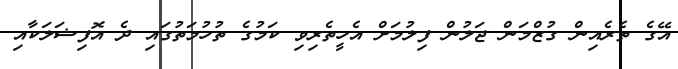
އޭގެ ތެރެއިން ގުޒްމަން ޖަލުން ފިލުމަށް އެހީތެރިވި ކަމުގެ ތުހުމަތުގައި ދެ އޮފިޝަލަކާއި